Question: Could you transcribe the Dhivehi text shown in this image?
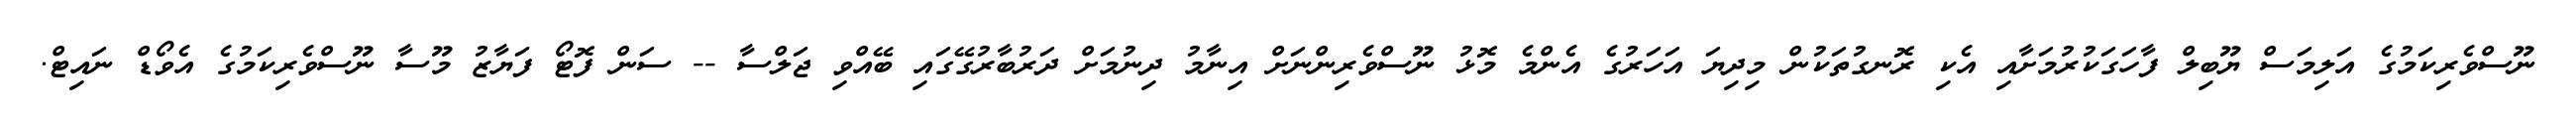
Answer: ނޫސްވެރިކަމުގެ އަލިމަސް ޔޫބިލް ފާހަގަކުރުމަށާއި އެކި ރޮނގުތަކުން މިދިޔަ އަހަރުގެ އެންމެ މޮޅު ނޫސްވެރިންނަށް އިނާމު ދިނުމަށް ދަރުބާރުގޭގައި ބޭއްވި ޖަލްސާ -- ސަން ފޮޓޯ ފަޔާޒު މޫސާ ނޫސްވެރިކަމުގެ އެވޯޑް ނައިޓް.